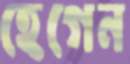
হেগেন